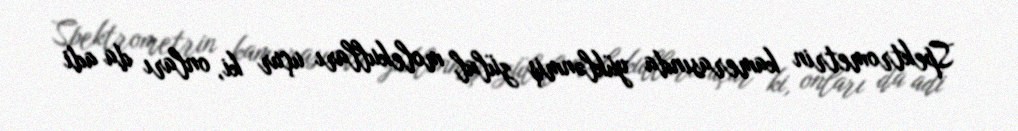
Spektrometrin kamerasında yüklənmiş zülal molekulları uçur ki, onları da adi